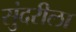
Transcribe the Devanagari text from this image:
सुंदरीला